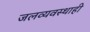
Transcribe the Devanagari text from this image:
जलव्यवस्थाही